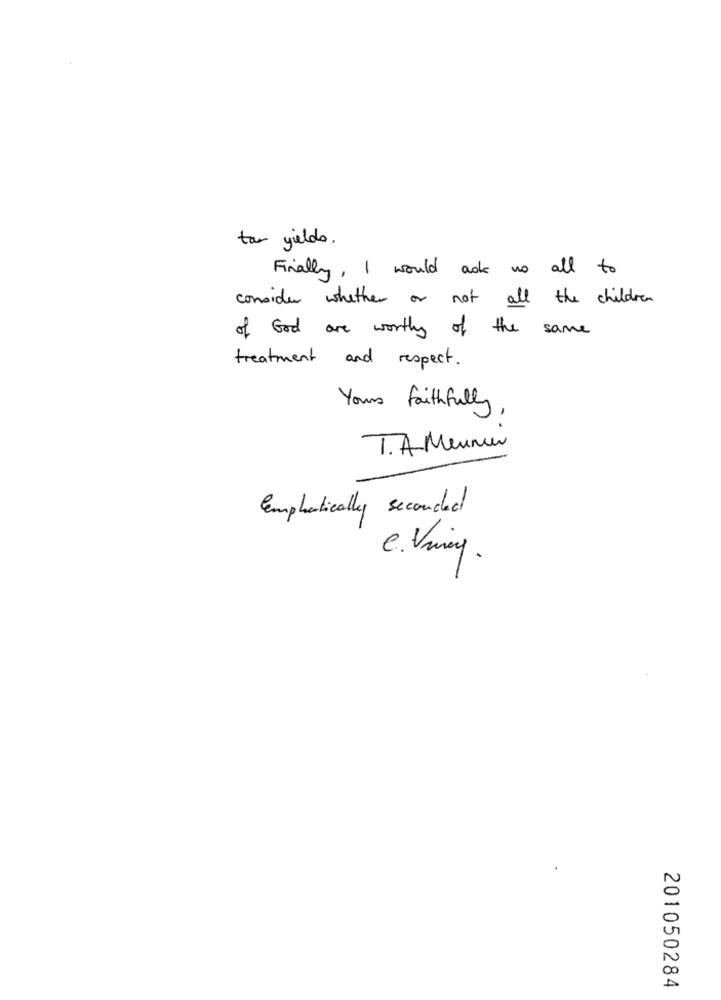
tar yields.
Finally , I would ask no all to
consider whether or not all the children
of God are worthy of the same
treatment and respect.
Yours faithfully
1. A Meunur
Emphatically seconded
C. Ving .
201050284